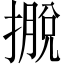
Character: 𢴎